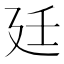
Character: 廷